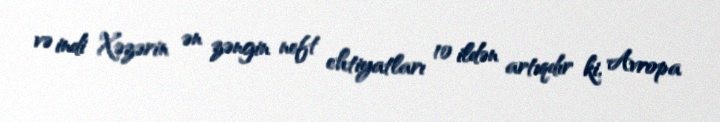
və indi Xəzərin ən zəngin neft ehtiyatları 10 ildən artıqdır ki, Avropa